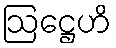
ဩဋ္ဌေဟိ